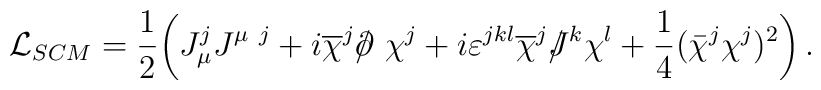
{\cal L}_{SCM}=\frac 12 \!\left( J_\mu^j J^{\mu ~j}+i \overline{\chi }^j /\kern-.5em\partial   ~\chi^j+i\varepsilon^{jkl}\overline{\chi}^j /\kern-.5em J^k \chi ^l+\frac 14 (\bar \chi^j \chi^j )^2 \right).